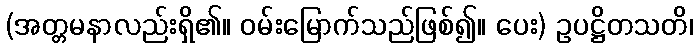
(အတ္တမနာလည်းရှိ၏။ ဝမ်းမြောက်သည်ဖြစ်၍။ ပေး) ဥပဋ္ဌိတသတိ၊